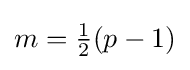
m={\tfrac {1}{2}}(p-1)